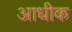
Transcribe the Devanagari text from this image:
आधीक